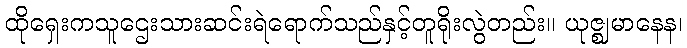
ထိုရှေးကသူဌေးသားဆင်းရဲရောက်သည်နှင့်တူရိုးလွဲတည်း။ ယုဇ္ဈမာနေန၊